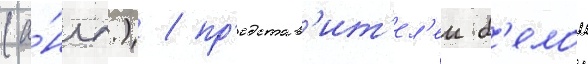
(а́нгл.) / пр'едстав'ит'ел'еи б'елои